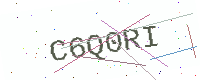
Text: C6Q0RI